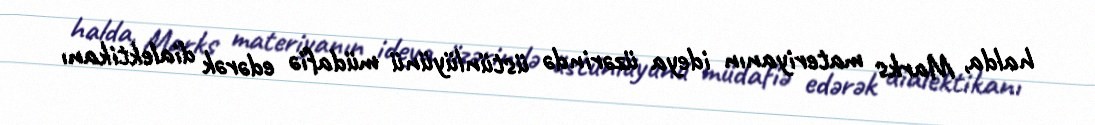
halda, Marks materiyanın ideya üzərində üstünlüyünü müdafiə edərək dialektikanı